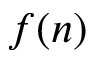
f ( n )